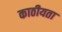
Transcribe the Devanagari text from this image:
काठीयता